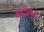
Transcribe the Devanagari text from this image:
मोदींमुळे